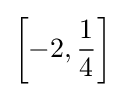
\left[-2,{\frac {1}{4}}\right]